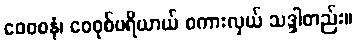
ဝေဝစနံ၊ ဝေဝုစ်ပရိယာယ် စကားလှယ် သဒ္ဒါတည်း။